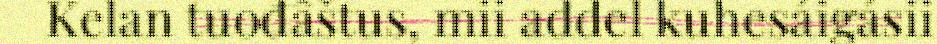
Kelan tuođâštus, mii addel kuhesáigásii